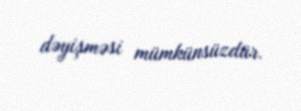
dəyişməsi mümkünsüzdür.